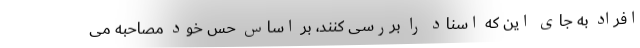
افراد به جای این که اسناد را بررسی کنند، بر اساس حس خود مصاحبه می